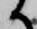
候